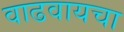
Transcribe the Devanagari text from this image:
वाढवायचा